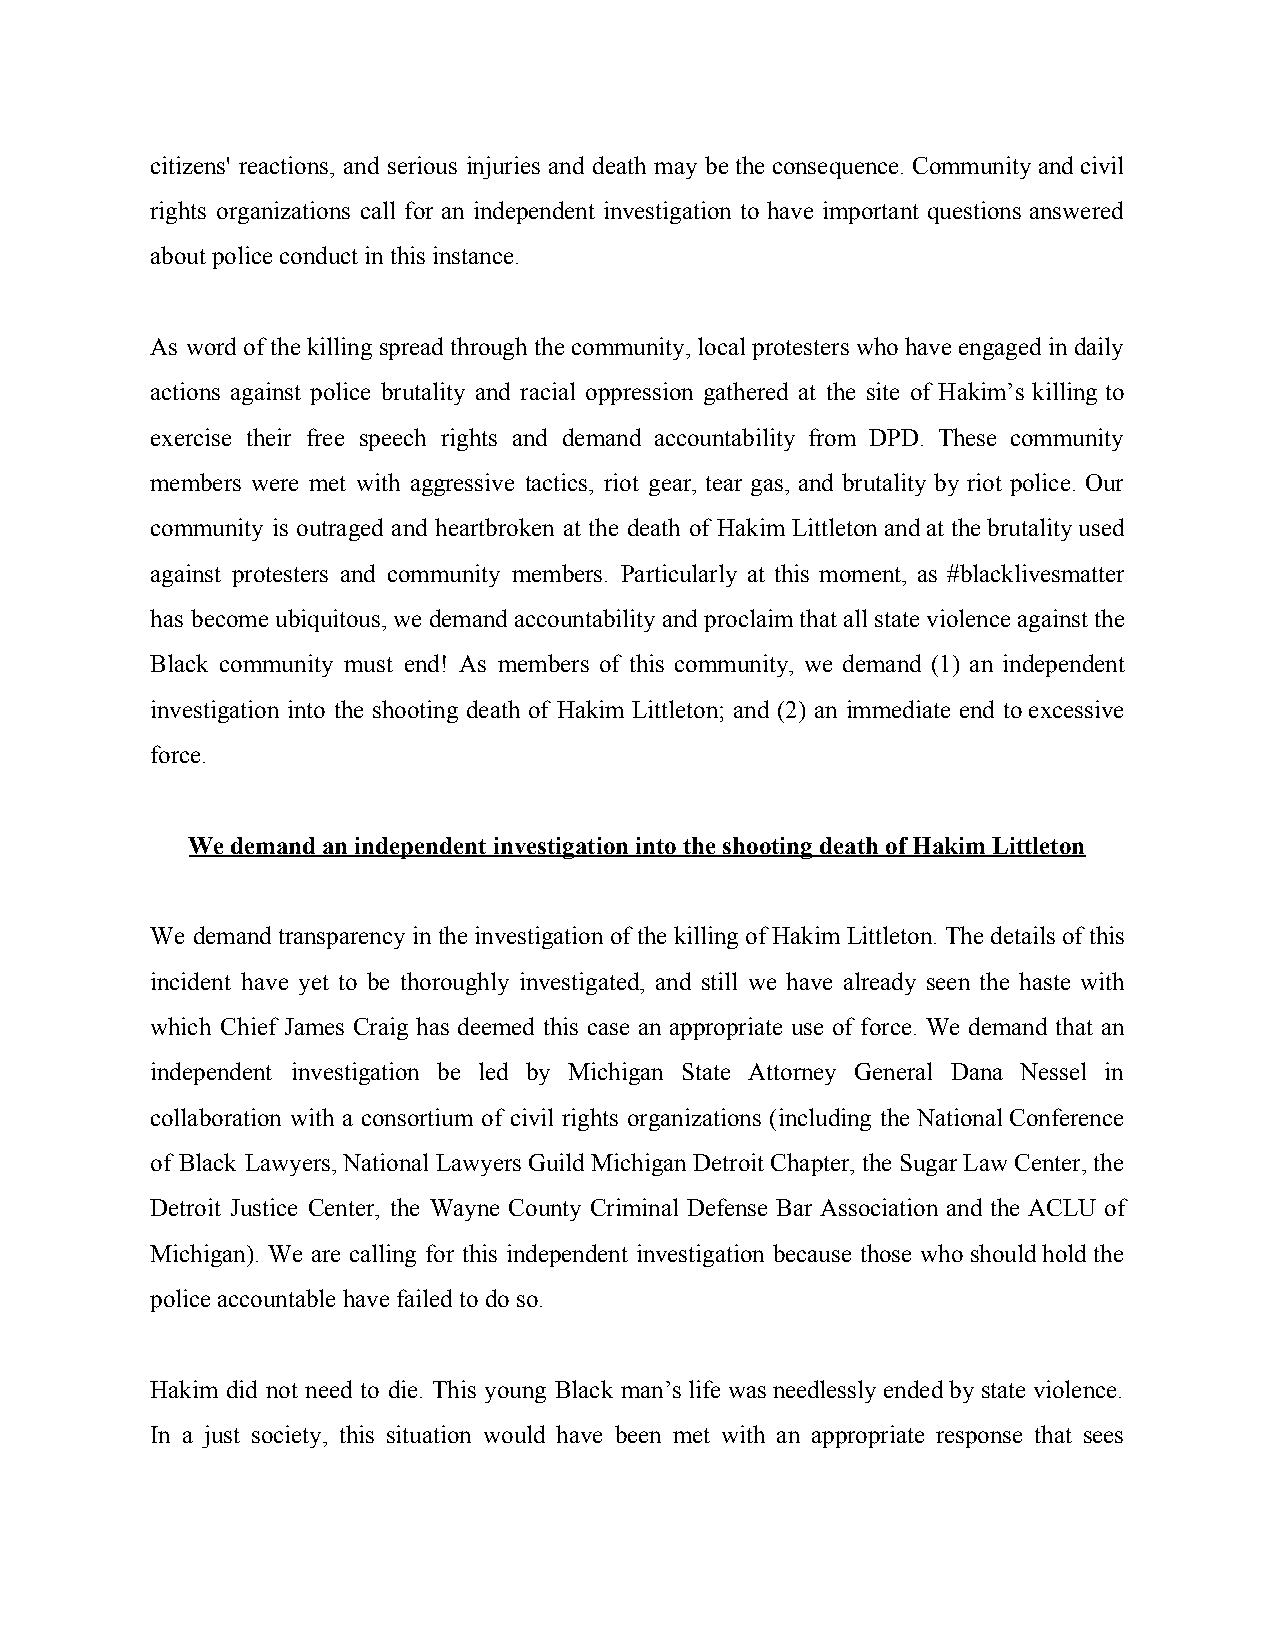
citizens' reactions, and serious injuries and death may be the consequence. Community and civil
 rights organizations call for an independent investigation to have important questions answered
 about police conduct in this instance.
 As word of the killing spread through the community, local protesters who have engaged in daily
 actions against police brutality and racial oppression gathered at the site of Hakim’s killing to
 exercise their free speech rights and demand accountability from DPD. These community
 members were met with aggressive tactics, riot gear, tear gas, and brutality by riot police. Our
 community is outraged and heartbroken at the death of Hakim Littleton and at the brutality used
 against protesters and community members. Particularly at this moment, as #blacklivesmatter
 has become ubiquitous, we demand accountability and proclaim that all state violence against the
 Black community must end! As members of this community, we demand (1) an independent
 investigation into the shooting death of Hakim Littleton; and (2) an immediate end to excessive
 force.
 We demand an independent investigation into the shooting death of Hakim Littleton
 We demand transparency in the investigation of the killing of Hakim Littleton. The details of this
 incident have yet to be thoroughly investigated, and still we have already seen the haste with
 which Chief James Craig has deemed this case an appropriate use of force. We demand that an
 independent investigation be led by Michigan State Attorney General Dana Nessel in
 collaboration with a consortium of civil rights organizations (including the National Conference
 of Black Lawyers, National Lawyers Guild Michigan Detroit Chapter, the Sugar Law Center, the
 Detroit Justice Center, the Wayne County Criminal Defense Bar Association and the ACLU of
 Michigan). We are calling for this independent investigation because those who should hold the
 police accountable have failed to do so.
 Hakim did not need to die. This young Black man’s life was needlessly ended by state violence.
 In a just society, this situation would have been met with an appropriate response that sees